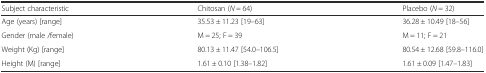
<table><thead><tr><td><b>Subject characteristic</b></td><td><b>Chitosan (<i>N</i> = 64)</b></td><td><b>Placebo (<i>N</i> = 32)</b></td></tr></thead><tbody><tr><td>Age (years) [range]</td><td>35.53 ± 11.23 [19–63]</td><td>36.28 ± 10.49 [18–56]</td></tr><tr><td>Gender (male /female)</td><td>M = 25; F = 39</td><td>M = 11; F = 21</td></tr><tr><td>Weight (Kg) [range]</td><td>80.13 ± 11.47 [54.0–106.5]</td><td>80.54 ± 12.68 [59.8–116.0]</td></tr><tr><td>Height (M) [range]</td><td>1.61 ± 0.10 [1.38–1.82]</td><td>1.61 ± 0.09 [1.47–1.83]</td></tr></tbody></table>